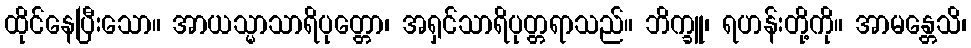
ထိုင်နေပြီးသော။ အာယသ္မာသာရိပုတ္တော၊ အရှင်သာရိပုတ္တရာသည်။ ဘိက္ခူ၊ ရဟန်းတို့ကို။ အာမန္တေသိ၊